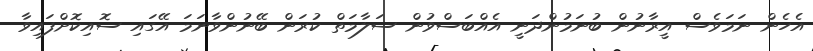
އެހެން ނަމަވެސް އީރާނުން ބުނަމުންދަނީ އެއްބަސްވުން ސަލާމަތް ކުރަން ބޭނުންވާނަމަ އޭގައި ސޮއިކޮށްފައިވާ